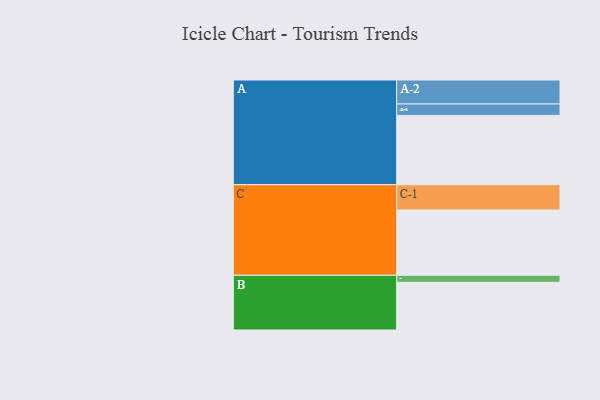
{"axis": {"x": "Segment", "y": "Value"}, "legend": ["", "A", "B", "C"], "data": [{"x": "A", "y": 535, "type": ""}, {"x": "B", "y": 368, "type": ""}, {"x": "C", "y": 504, "type": ""}, {"x": "A-1", "y": 88, "type": "A"}, {"x": "A-2", "y": 185, "type": "A"}, {"x": "B-1", "y": 54, "type": "B"}, {"x": "C-1", "y": 195, "type": "C"}]}